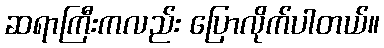
ဆရာကြီးကလည်း ပြောလိုက်ပါတယ်။